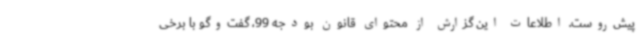
پیش‌روست. اطلاعات این گزارش از محتوای قانون بودجه 99، گفت‌وگو با برخی